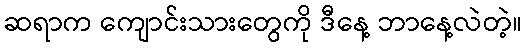
ဆရာက ကျောင်းသားတွေကို ဒီနေ့ ဘာနေ့လဲတဲ့။